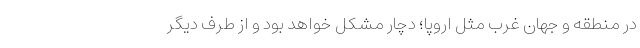
در منطقه و جهان غرب مثل اروپا؛ دچار مشکل خواهد بود و از طرف دیگر